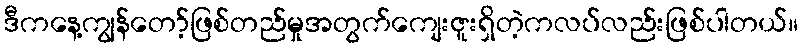
ဒီကနေ့ကျွန်တော့်ဖြစ်တည်မှုအတွက်ကျေးဇူးရှိတဲ့ကလပ်လည်းဖြစ်ပါတယ်။